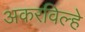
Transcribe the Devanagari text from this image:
अकरविल्हे